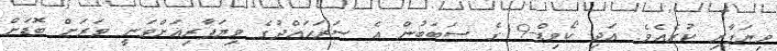
ވިޔަފާރި ކުރެއެވެ. އަދި ކޯވިޑް-19ގެ ސަބަބުން އެ ސަރަޙައްދުގެ ވިޔަފާރިއަށްވަނީ ވަރަށް ބޮޑަށް